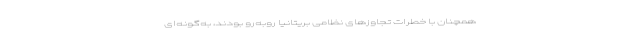
همچنان با خطرات تجاوزهای نظامی بریتانیا روبه‌رو بودند، به‌گونه‌ای